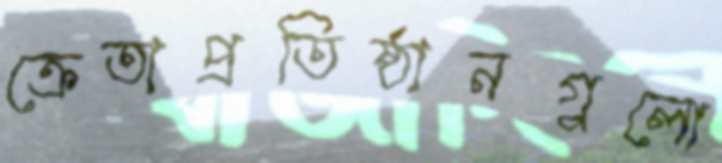
ক্রেতাপ্রতিষ্ঠানগুলো